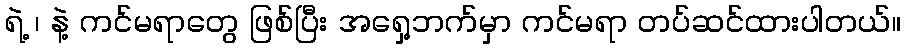
ရဲ့ ၊ နဲ့ ကင်မရာတွေ ဖြစ်ပြီး အရှေ့ဘက်မှာ ကင်မရာ တပ်ဆင်ထားပါတယ်။